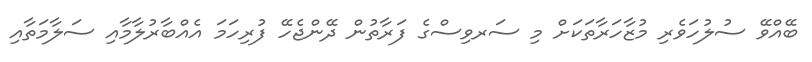
ބޭއްވޭ ސުލުހަވެރި މުޒާހަރާތަކަށް މި ސަރވިސްގެ ފަރާތުން ދޭންޖެހޭ ފުރިހަމަ އެއްބާރުލާމާއި ސަލާމަތާއި